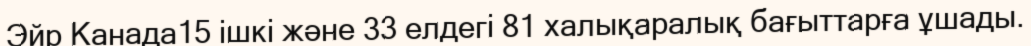
Эйр Канада15 ішкі және 33 елдегі 81 халықаралық бағыттарға ұшады.